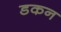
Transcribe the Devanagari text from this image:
डकन